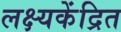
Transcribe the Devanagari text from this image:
लक्ष्यकेंद्रित